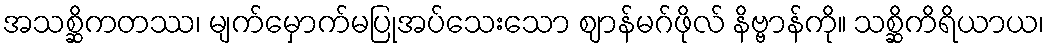
အသစ္ဆိကတဿ၊ မျက်မှောက်မပြုအပ်သေးသော ဈာန်မဂ်ဖိုလ် နိဗ္ဗာန်ကို။ သစ္ဆိကိရိယာယ၊